Eesti_Rahvusfond, lk 37
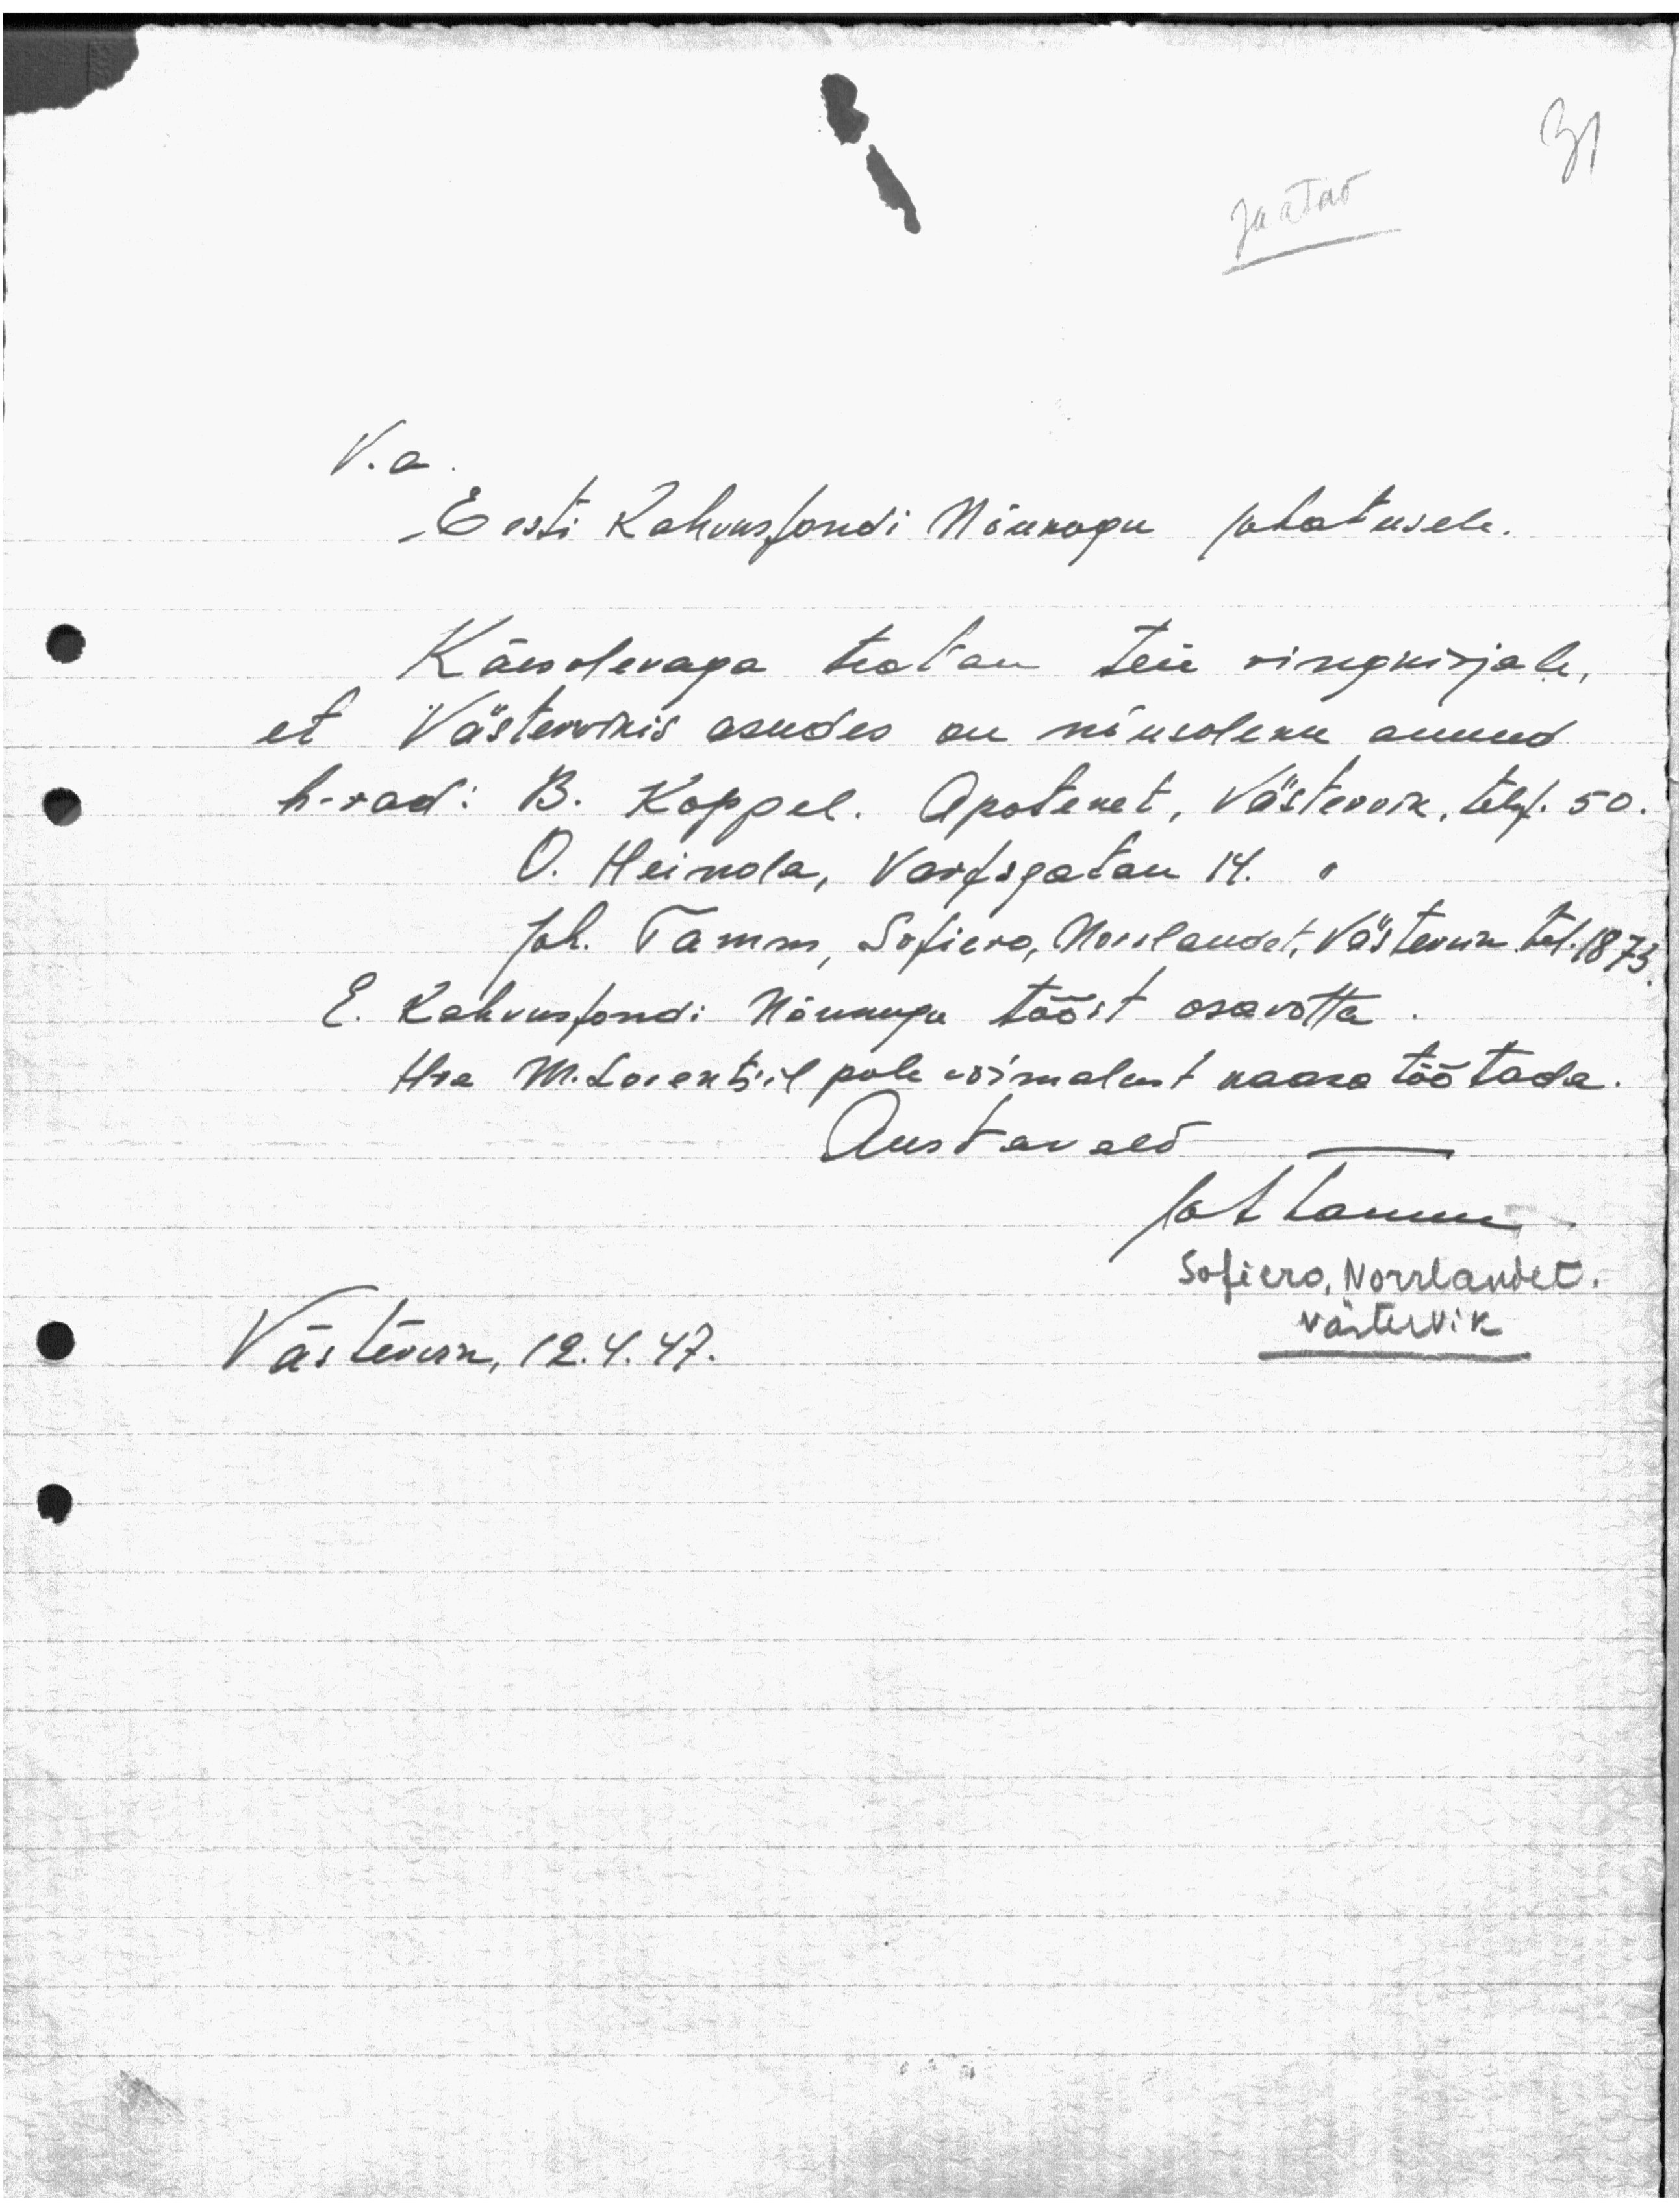
31
Jaatav

V. a
Eesti Rahvusfondi Nõukogu Juhatusele.
Käesolevaga teatan Teie ringkirjale,
et Västervikis asudes on nõusoleku annud
h-rad: B. Koppel. Apoteket, Västervik, telef. 50.
O. Heinola, Varfsgatan 14.
Joh. Tamm, Sofiero, Norrlandet, Västervik tel. 1873
E. Rahvusfondi Nõukogu tööst osavõtta.
Hra M. Lorentsil pole võimalust kaasa töötada.
Austavald
Joh Tamm
Sofiero, Norrlandet.
Västervik
Västervik, 12.4.47.